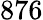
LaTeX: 876